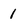
Character: l